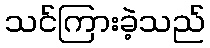
သင်ကြားခဲ့သည်